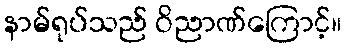
နာမ်ရုပ်သည် ဝိညာဏ်ကြောင့်။